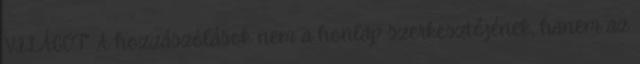
VILÁGOT" A hozzászólások nem a honlap szerkesztőjének, hanem az